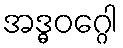
အဒ္ဓဝဂ္ဂေါ